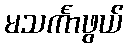
မသင်္ကာဖွယ်